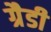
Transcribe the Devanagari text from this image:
ग्रैडी